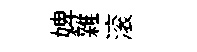
婢雜滚